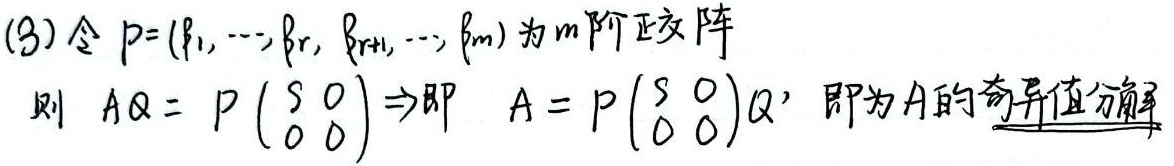
(3) 令 \(P = (\beta_1, \cdots, \beta_r, \beta_{r + 1}, \cdots, \beta_m)\) 为 \(m\) 阶正交阵。则 \(AQ = P\begin{pmatrix}\Sigma & 0 \\0 & 0\end{pmatrix}\Rightarrow\) 即 \(A = P\begin{pmatrix}\Sigma & 0 \\0 & 0\end{pmatrix}Q'\) 即为\(A\)的奇异值分解。